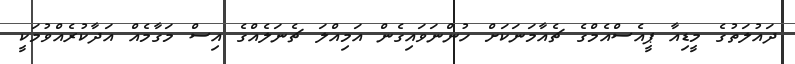
ދައުލަތުގެ މީޑިއާ ޕީއެސްއެމްގެ ޗެއާމަނަކަށް ހުންނަވައިގެން އަމިއްލަ ޗެނަލެއްގެ އިސް މަގާމެއް އަދާކުރެއްވުމަކީ